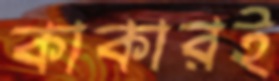
কাকারই